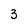
Character: 3